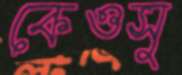
কেওসু